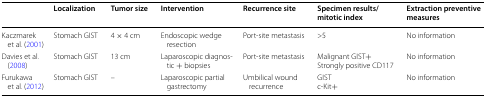
<table><thead><tr><td></td><td><b>Localization</b></td><td><b>Tumor size</b></td><td><b>Intervention</b></td><td><b>Recurrence site</b></td><td><b>Specimen results/mitotic index</b></td><td><b>Extraction preventive measures</b></td></tr></thead><tbody><tr><td>Kaczmarek et al. (2001)</td><td>Stomach GIST</td><td>4 × 4 cm</td><td>Endoscopic wedge resection</td><td>Port-site metastasis</td><td>&gt;5</td><td>No information</td></tr><tr><td>Davies et al. (2008)</td><td>Stomach GIST</td><td>13 cm</td><td>Laparoscopic diagnostic + biopsies</td><td>Port-site metastasis</td><td>Malignant GIST+Strongly positive CD117</td><td>No information</td></tr><tr><td>Furukawa et al. (2012)</td><td>Stomach GIST</td><td>–</td><td>Laparoscopic partial gastrectomy</td><td>Umbilical wound recurrence</td><td>GISTc-Kit+</td><td>No information</td></tr></tbody></table>